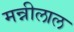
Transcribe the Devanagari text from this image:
मन्नीलाल